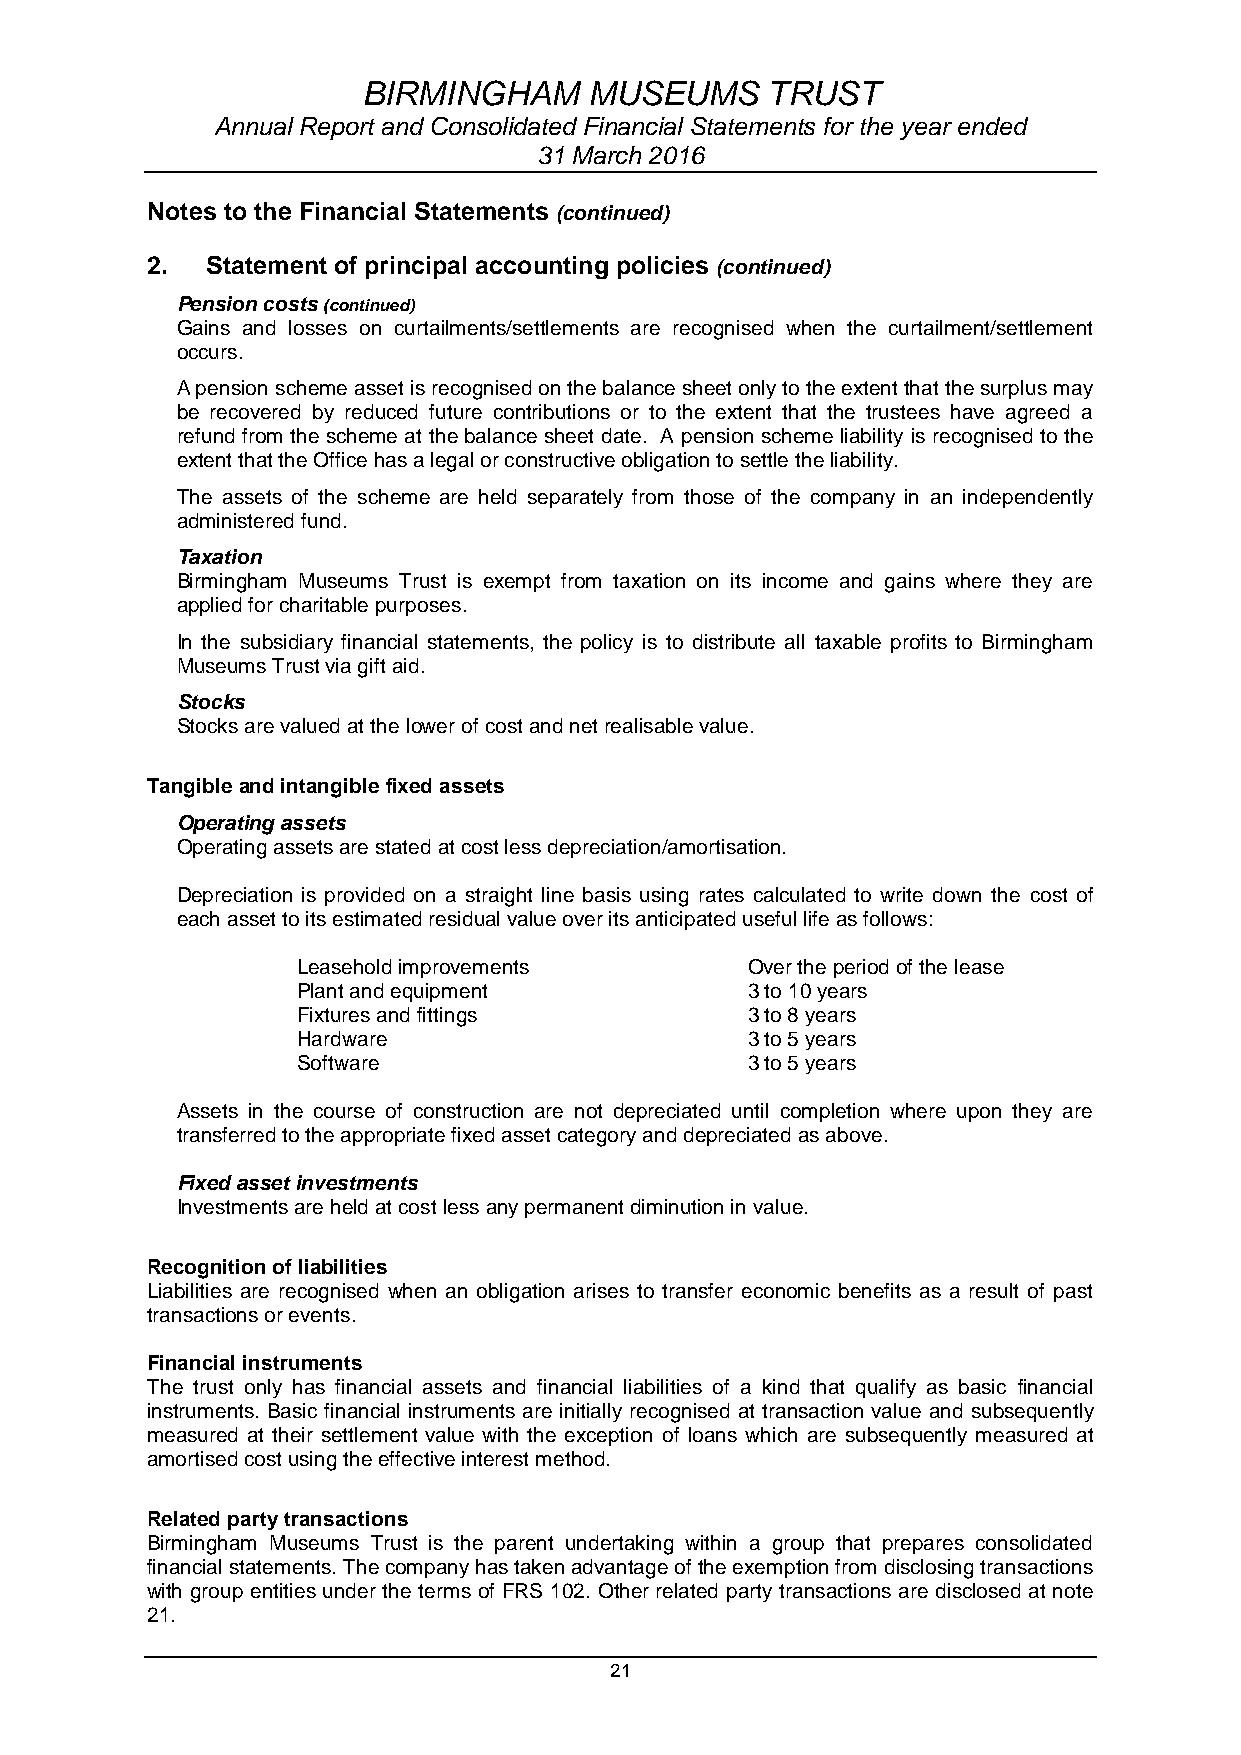
BIRMINGHAM     MUSEUMS     TRUST
 Annual Report and Consolidated Financial Statements for the year ended
 31 March 2016
 Notes to the Financial Statements (continued)
 2.  Statement of principal accounting policies (continued)
 Pension costs (continued)
 Gains and losses on curtailments/settlements are recognised when the curtailment/settlement
 occurs.
 A pension scheme asset is recognised on the balance sheet only to the extent that the surplus may
 be recovered by reduced future contributions or to the extent that the trustees have agreed a
 refund from the scheme at the balance sheet date. A pension scheme liability is recognised to the
 extent that the Office has a legal or constructive obligation to settle the liability.
 The assets of the scheme are held separately from those of the company in an independently
 administered fund.
 Taxation
 Birmingham Museums Trust is exempt from taxation on its income and gains where they are
 applied for charitable purposes.
 In the subsidiary financial statements, the policy is to distribute all taxable profits to Birmingham
 Museums Trust via gift aid.
 Stocks
 Stocks are valued at the lower of cost and net realisable value.
 Tangible and intangible fixed assets
 Operating assets
 Operating assets are stated at cost less depreciation/amortisation.
 Depreciation is provided on a straight line basis using rates calculated to write down the cost of
 each asset to its estimated residual value over its anticipated useful life as follows:
 Leasehold improvements       Over the period of the lease
 Plant and equipment          3 to 10 years
 Fixtures and fittings        3 to 8 years
 Hardware                     3 to 5 years
 Software                     3 to 5 years
 Assets in the course of construction are not depreciated until completion where upon they are
 transferred to the appropriate fixed asset category and depreciated as above.
 Fixed asset investments
 Investments are held at cost less any permanent diminution in value.
 Recognition of liabilities
 Liabilities are recognised when an obligation arises to transfer economic benefits as a result of past
 transactions or events.
 Financial instruments
 The trust only has financial assets and financial liabilities of a kind that qualify as basic financial
 instruments. Basic financial instruments are initially recognised at transaction value and subsequently
 measured at their settlement value with the exception of loans which are subsequently measured at
 amortised cost using the effective interest method.
 Related party transactions
 Birmingham Museums Trust is the parent undertaking within a group that prepares consolidated
 financial statements. The company has taken advantage of the exemption from disclosing transactions
 with group entities under the terms of FRS 102. Other related party transactions are disclosed at note
 21.
 21